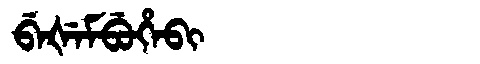
Manchu: ᠪᡝᡧᡝᠮᠪᡠᡥᡝᠪᡳ
Romanization: BEŠEMBUHEBI